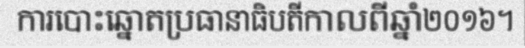
ការបោះឆ្នោតប្រធានាធិបតីកាលពីឆ្នាំ២០១៦។